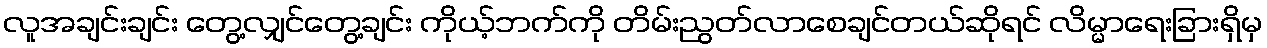
လူအချင်းချင်း တွေ့လျှင်တွေ့ချင်း ကိုယ့်ဘက်ကို တိမ်းညွတ်လာစေချင်တယ်ဆိုရင် လိမ္မာရေးခြားရှိမှ